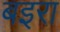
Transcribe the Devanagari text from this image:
बइरा